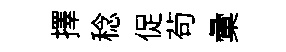
擇稔促茍彙